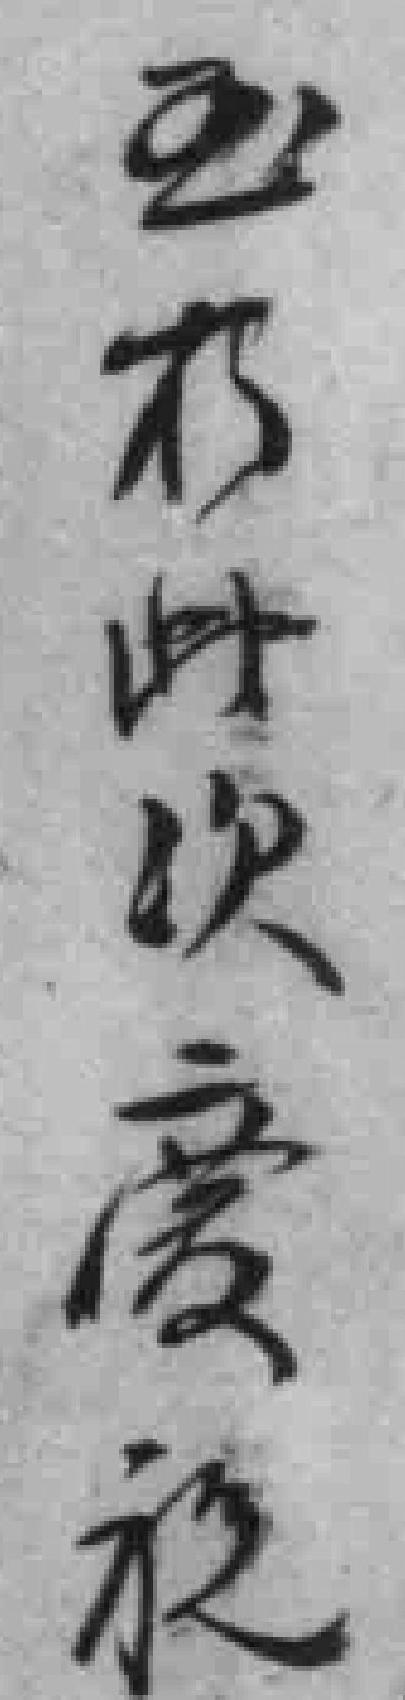
至於此次慶祝